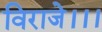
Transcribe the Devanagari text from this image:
विराजे।।।